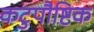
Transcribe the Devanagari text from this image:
कटुपौष्टिक